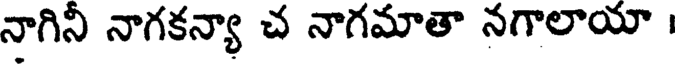
నాగినీ నాగకన్యా చ నాగమాతా నగాలాయా ।